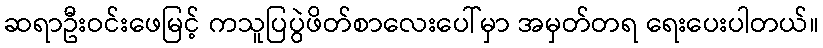
ဆရာဦးဝင်းဖေမြင့် ကသူပြပွဲဖိတ်စာလေးပေါ်မှာ အမှတ်တရ ရေးပေးပါတယ်။